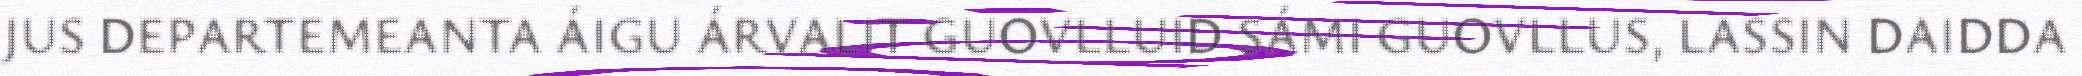
JUS DEPARTEMEANTA ÁIGU ÁRVALIT GUOVLLUID SÁMI GUOVLLUS, LASSIN DAIDDA